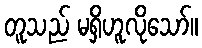
တူသည် မရှိဟူလိုသော်။